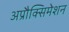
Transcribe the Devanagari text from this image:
अप्रौक्सिमेशन